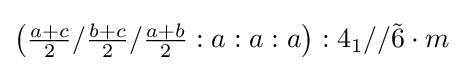
\left({\tfrac {a+c}{2}}/{\tfrac {b+c}{2}}/{\tfrac {a+b}{2}}:a:a:a\right):4_{1}//{\tilde {6}}\cdot m